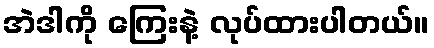
အဲဒါကို ကြေးနဲ့ လုပ်ထားပါတယ်။